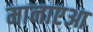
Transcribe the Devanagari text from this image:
मानाएआ